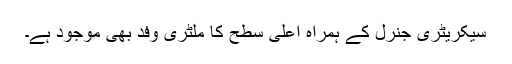
سیکریٹری جنرل کے ہمراہ اعلیٰ سطح کا ملٹری وفد بھی موجود ہے۔